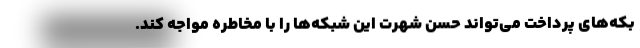
بکه‌های پرداخت می‌تواند حسن شهرت این شبکه‌ها را با مخاطره مواجه کند.